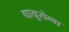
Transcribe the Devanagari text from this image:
वायुसेब्वा